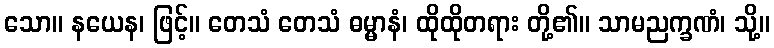
သော။ နယေန၊ ဖြင့်။ တေသံ တေသံ ဓမ္မာနံ၊ ထိုထိုတရား တို့၏။ သာမညက္ခဏံ၊ သို့။